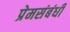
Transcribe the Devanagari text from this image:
प्रेमसंबंधी